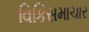
વિકિસમાચાર